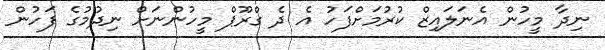
ނިދާ މީހުން އެނަލައިޒް ކުރުމަށްފަހު އެ ދެ ގްރޫޕް މީހުންނަށް ނިދުމުގެ ފަހުން